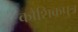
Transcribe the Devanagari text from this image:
कौशिकपुत्र